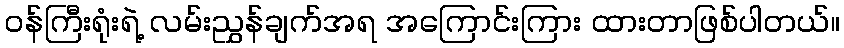
ဝန်ကြီးရုံးရဲ့ လမ်းညွှန်ချက်အရ အကြောင်းကြား ထားတာဖြစ်ပါတယ်။